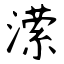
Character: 潆